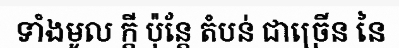
ទាំងមូល ក្តី ប៉ុន្តែ តំបន់ ជាច្រើន នៃ